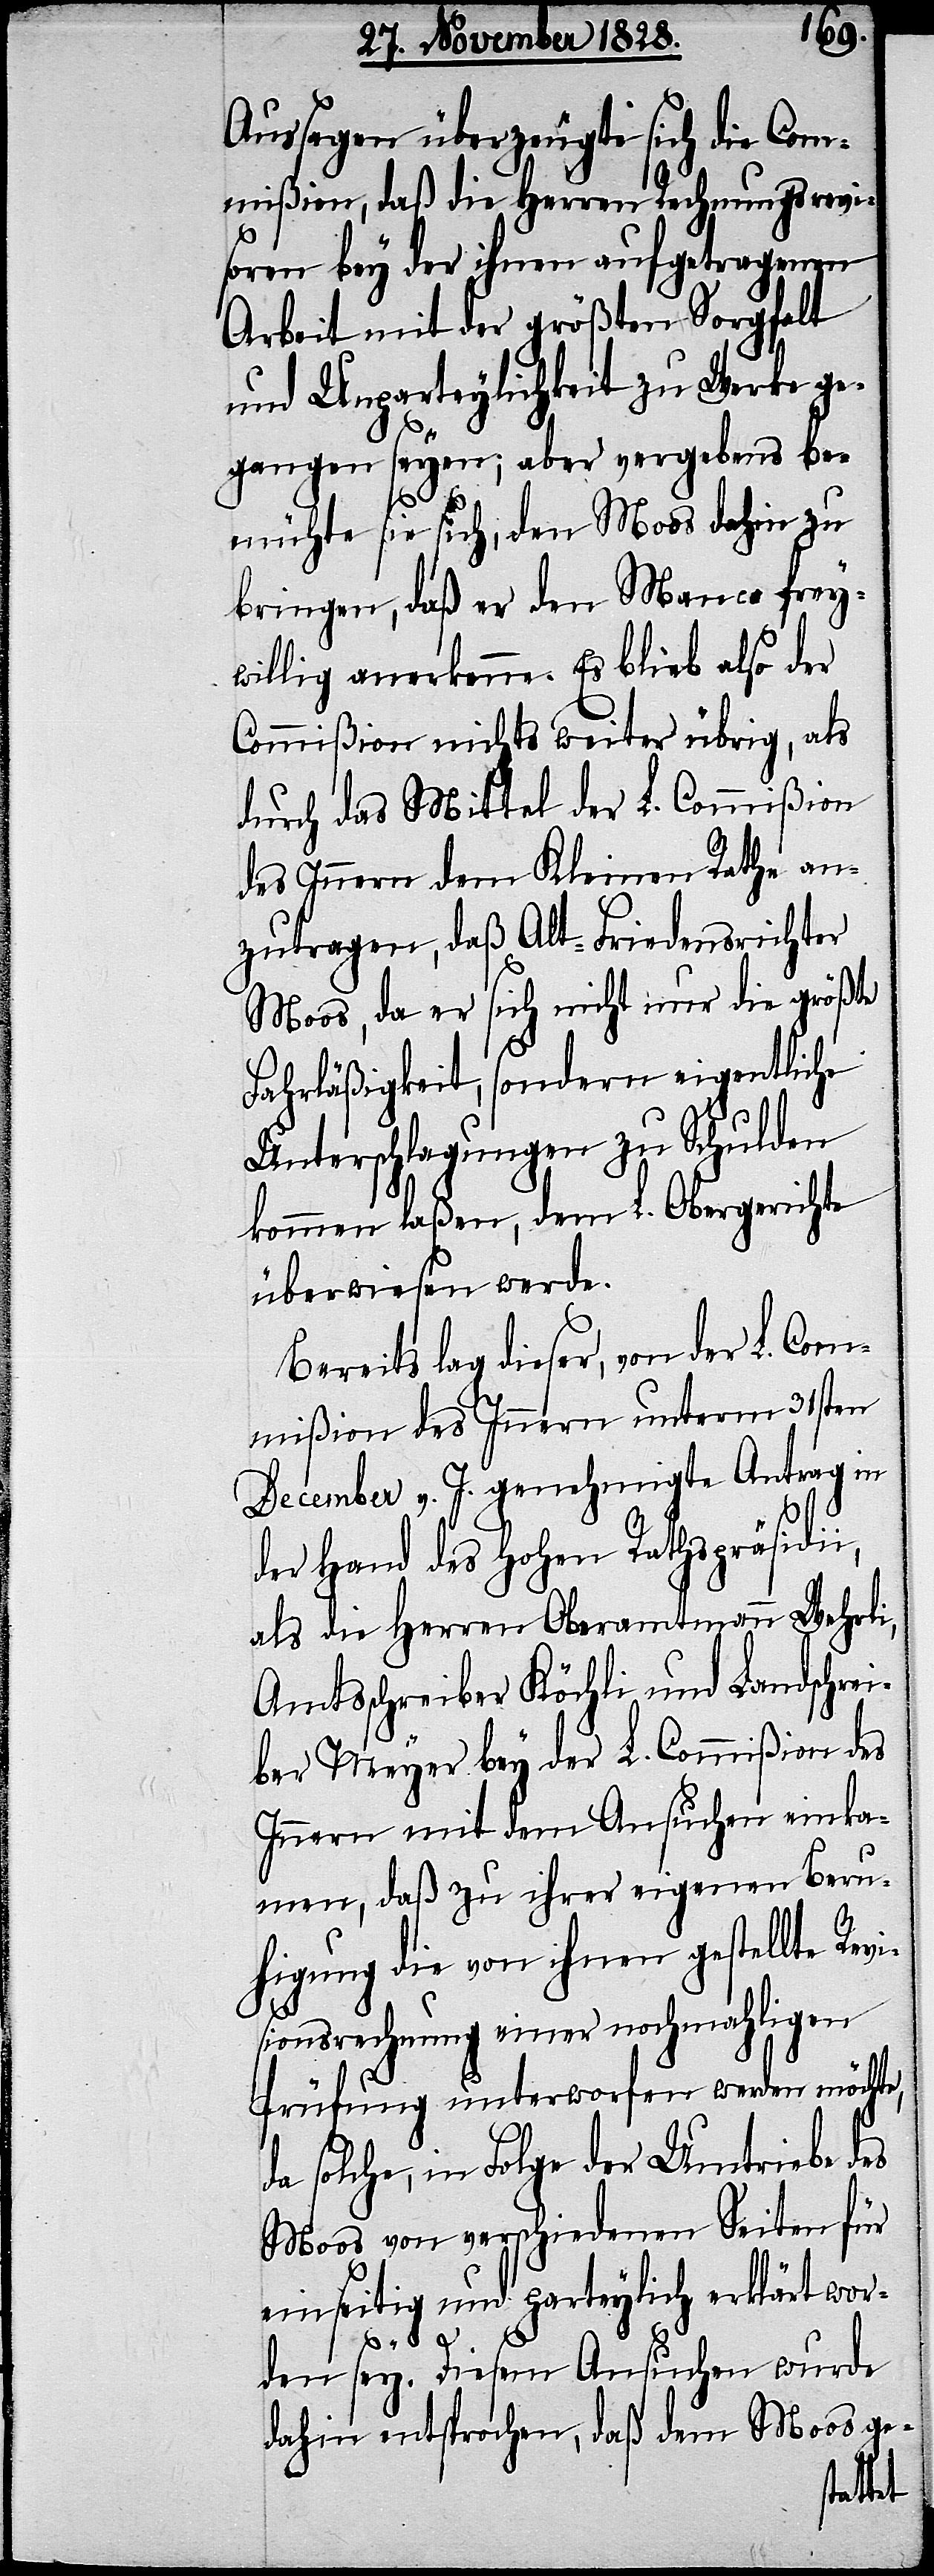
Aussagen überzeugte sich die Com¬
mißion, daß die Herren Rechnungsrevi¬
soren bey der ihnen aufgetragenen
Arbeit mit der größten Sorgfalt
und Unparteylichkeit zu Werke ge¬
gangen seyen; aber vergebens be¬
mühte sie sich, den Moos dahin zu
bringen, daß der den Manco frey¬
willig anerkenne. Es blieb also der
Commißion nichts weiter übrig, als
durch das Mittel der L. Commißion
des Innern dem Kleinen Rathe an¬
zutragen, daß Alt-Friedensrichter
Moos, da er sich nicht nur die größte
Fahrläßigkeit, sondern eigentliche
Unterschlagungen zu Schulden
kommen laßen, dem L. Obergerichte
überwiesen werde.
Bereits lag dieser, von der L. Com¬
mißion des Innern unterm 31sten
December v. J. genehmigte Antrag in
der Hand des Hohen Rathspräsidii,
als die Herren Oberamtmann Wehrli,
Amtsschreiber Köchli und Landschrei¬
ber Meyer bey der L. Commißion des
Innern mit dem Ansuchen einka¬
men, daß zu ihrer eigenen Beru¬
higung die von ihnen gestellte Revi¬
sionsrechnung einer nochmahligen
Prüfung unterworfen werden möchte,
solche, in Folge der Umtriebe des
Moos von verschiedenen Seiten für
einseitig und parteylich erklärt wor¬
den sey. Diesem Ansuchen wurde
dahin entsprochen, daß dem Moos ge-